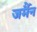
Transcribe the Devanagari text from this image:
जर्मैन